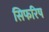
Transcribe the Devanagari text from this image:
सिफरिष